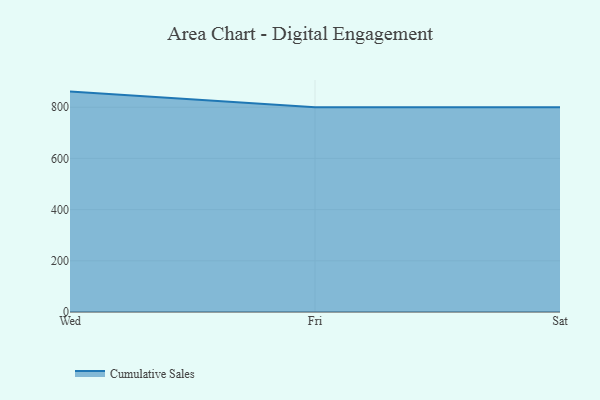
{"axis": {"x": "Day", "y": "Humidity (%)"}, "legend": ["Cumulative Sales"], "data": [{"x": "Wed", "y": 860.9, "type": "Cumulative Sales"}, {"x": "Fri", "y": 800, "type": "Cumulative Sales"}, {"x": "Sat", "y": 800, "type": "Cumulative Sales"}]}